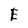
Character: E